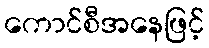
ကောင်စီအနေဖြင့်